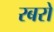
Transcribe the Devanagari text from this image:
रबरों